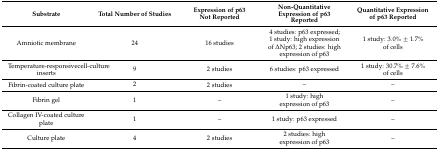
<table><thead><tr><td><b>Substrate</b></td><td><b>Total Number of Studies</b></td><td><b>Expression of p63 Not Reported</b></td><td><b>Non-Quantitative Expression of p63 Reported</b></td><td><b>Quantitative Expression of p63 Reported</b></td></tr></thead><tbody><tr><td>Amniotic membrane</td><td>24</td><td>16 studies</td><td>4 studies: p63 expressed;1 study: high expression of ΔNp63; 2 studies: high expression of p63</td><td>1 study: 3.0% ± 1.7% of cells</td></tr><tr><td>Temperature-responsivecell-culture inserts</td><td>9</td><td>2 studies</td><td>6 studies: p63 expressed</td><td>1 study: 30.7% ± 7.6% of cells</td></tr><tr><td>Fibrin-coated culture plate</td><td>2</td><td>2 studies</td><td>–</td><td>–</td></tr><tr><td>Fibrin gel</td><td>1</td><td>–</td><td>1 study: high expression of p63</td><td>–</td></tr><tr><td>Collagen IV-coated culture plate</td><td>1</td><td>–</td><td>1 study: p63 expressed</td><td>–</td></tr><tr><td>Culture plate</td><td>4</td><td>2 studies</td><td>2 studies: high expression of p63</td><td>–</td></tr></tbody></table>